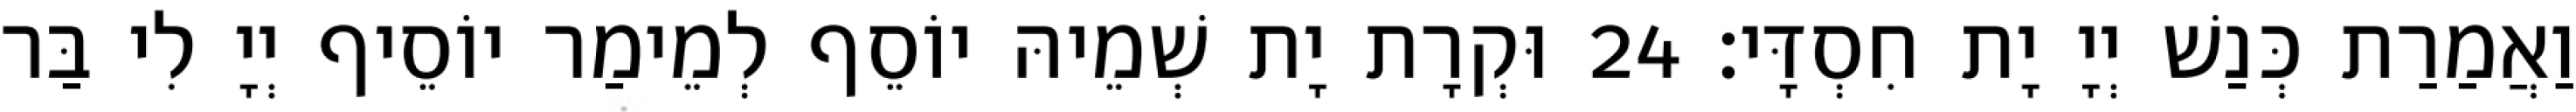
וַאֲמַרַת כְּנַשׁ יְיָ יָת חִסְדָּי׃ 24 וּקְרָת יָת שְׁמֵיהּ יוֹסֵף לְמֵימַר יוֹסֵיף יְיָ לִי בַּר